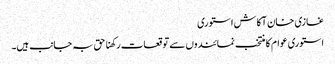
غازی خان آکاش استوری
استوری عوام کا منتخب نمائندوں سے توقعات رکھنا حق بہ جانب ہیں۔